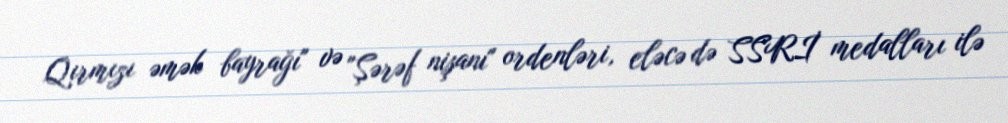
Qırmızı əmək bayrağı" və "Şərəf nişanı" ordenləri, eləcə də SSRİ medalları ilə